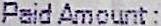
PAID AMOUNT :